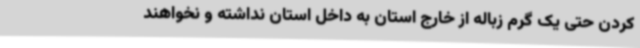
کردن حتی یک گرم زباله از خارج استان به داخل استان نداشته و نخواهند